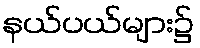
နယ်ပယ်များ၌